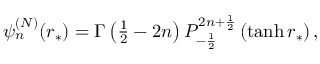
\begin{array} { r } { \psi _ { n } ^ { ( N ) } ( r _ { * } ) = \Gamma \left( \frac { 1 } { 2 } - 2 n \right) P _ { - \frac { 1 } { 2 } } ^ { 2 n + \frac { 1 } { 2 } } \left( \operatorname { t a n h } r _ { * } \right) , } \end{array}